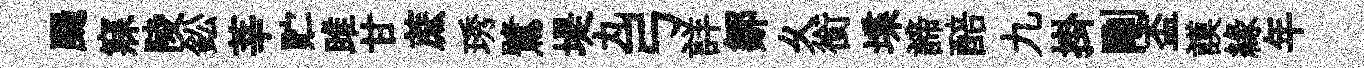
颺寐陵鈆莘贮雎甘蔗琇鷺堤丸弓詳鄒乆銜堞諦醅九掛剛盃謨縁年